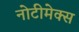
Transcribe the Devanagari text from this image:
नोटीमेक्स